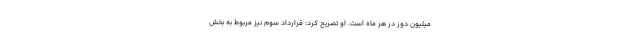
میلیون دوز در هر ماه است. او تصریح کرد: قرارداد سوم نیز مربوط به بخش